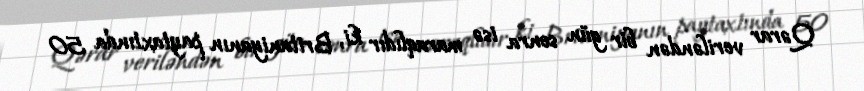
Qərar veriləndən bir gün sonra isə maraqlıdır ki, Britaniyanın paytaxtında 50